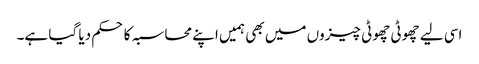
اسی لیے چھوٹی چھوٹی چیزوں میں بھی ہمیں اپنے محاسبہ کا حکم دیا گیا ہے۔